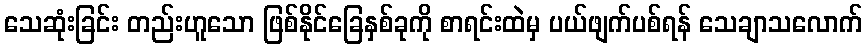
သေဆုံးခြင်း တည်းဟူသော ဖြစ်နိုင်ခြေနှစ်ခုကို စာရင်းထဲမှ ပယ်ဖျက်ပစ်ရန် သေချာသလောက်